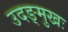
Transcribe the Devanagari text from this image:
उदङ्मुखः